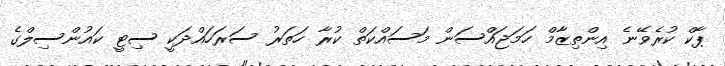
ޕާކް ކުރެވޭނެ އިންތިޒާމް ހަމަޖައްސަން މަަސައްކަތް ކުރާ ހަތަރު ސަރަހައްދަކީ ސިޓީ ކައުންސިލްގެ